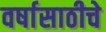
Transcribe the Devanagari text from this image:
वर्षासाठीचे